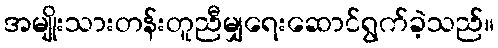
အမျိုးသားတန်းတူညီမျှရေးဆောင်ရွက်ခဲ့သည်။